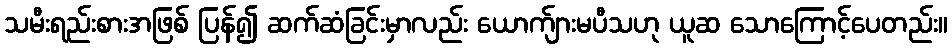
သမီးရည်းစားအဖြစ် ပြန်၍ ဆက်ဆံခြင်းမှာလည်း ယောက်ျားမပီသဟု ယူဆ သောကြောင့်ပေတည်း။